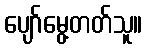
ပျော်မွေ့တတ်သူ။